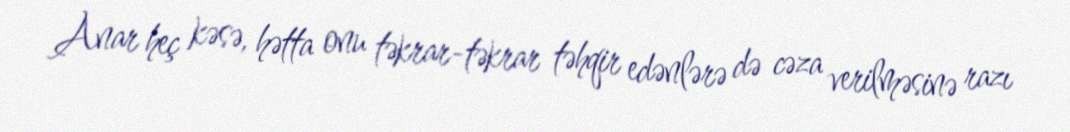
Anar heç kəsə, hətta onu təkrar-təkrar təhqir edənlərə də cəza verilməsinə razı